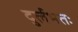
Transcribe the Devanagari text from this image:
दुर्लभतः